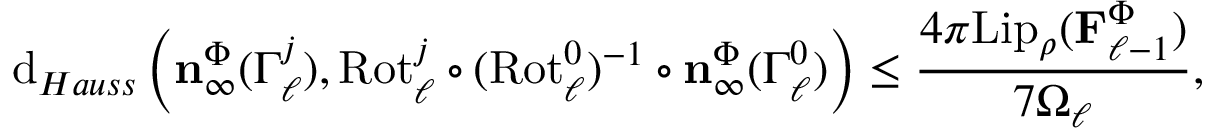
\mathrm { d } _ { H a u s s } \left( \mathbf { n } _ { \infty } ^ { \Phi } ( \Gamma _ { \ell } ^ { j } ) , \mathrm { R o t } _ { \ell } ^ { j } \circ ( \mathrm { R o t } _ { \ell } ^ { 0 } ) ^ { - 1 } \circ \mathbf { n } _ { \infty } ^ { \Phi } ( \Gamma _ { \ell } ^ { 0 } ) \right) \leq \frac { 4 \pi \mathrm { L i p } _ { \rho } ( \mathbf { F } _ { \ell - 1 } ^ { \Phi } ) } { 7 \Omega _ { \ell } } ,